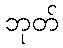
ဘုတ်